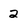
Character: 2